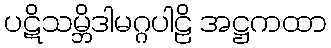
ပဋိသမ္ဘိဒါမဂ္ဂပါဠိ အဋ္ဌကထာ